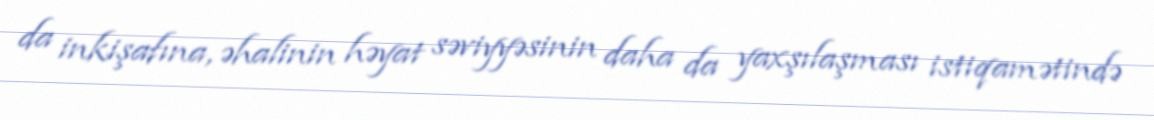
da inkişafına, əhalinin həyat səviyyəsinin daha da yaxşılaşması istiqamətində